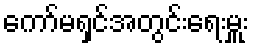
ကော်မရှင်အတွင်းရေးမှူး